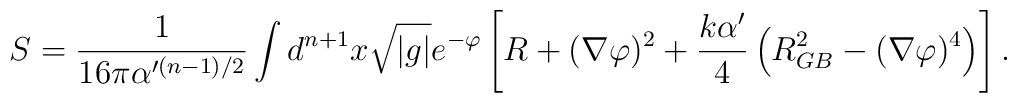
S={1\over16\pi \alpha'^{(n-1)/2}}\int d^{n+1}x \sqrt{|g|}e^{-\varphi} \left[ R+ (\nabla\varphi)^2+{k\alpha' \over 4} \left(R^2_{GB} - (\nabla\varphi)^4\right)\right] .